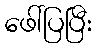
ဖေါ်ပြပြီး